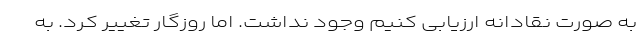
به صورت نقادانه ارزیابی کنیم وجود نداشت. اما روزگار تغییر کرد. به